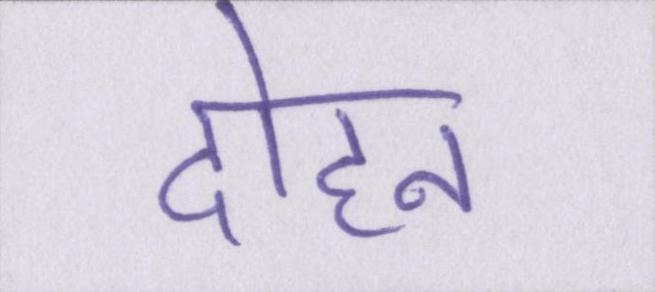
दोहन